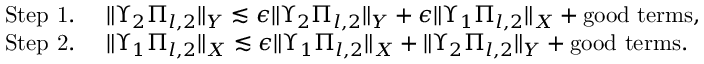
\begin{array} { r l } & { \mathrm { S t e p ~ 1 . ~ } \quad \| \Upsilon _ { 2 } \Pi _ { l , 2 } \| _ { Y } \lesssim \epsilon \| \Upsilon _ { 2 } \Pi _ { l , 2 } \| _ { Y } + \epsilon \| \Upsilon _ { 1 } \Pi _ { l , 2 } \| _ { X } + \mathrm { g o o d ~ t e r m s } , } \\ & { \mathrm { S t e p ~ 2 . ~ } \quad \| \Upsilon _ { 1 } \Pi _ { l , 2 } \| _ { X } \lesssim \epsilon \| \Upsilon _ { 1 } \Pi _ { l , 2 } \| _ { X } + \| \Upsilon _ { 2 } \Pi _ { l , 2 } \| _ { Y } + \mathrm { g o o d ~ t e r m s } . } \end{array}